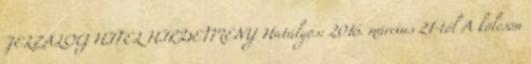
JELZÁLOG HITEL HIRDETMÉNY Hatályos: 2016. március 21-től A kölcsön